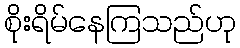
စိုးရိမ်နေကြသည်ဟု